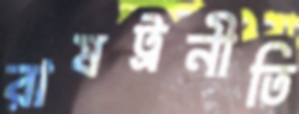
রাষট্রনীতি